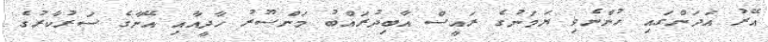
އޭރު އަދަންގައި ހުންނެވި ޔަމަނުގެ ރައީސް އާބިދުރައްބު މަންސޫރު ހާދީއާއި އޭނާގެ ސަރުކާރުގެ